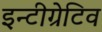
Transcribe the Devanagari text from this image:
इन्टीग्रेटिव